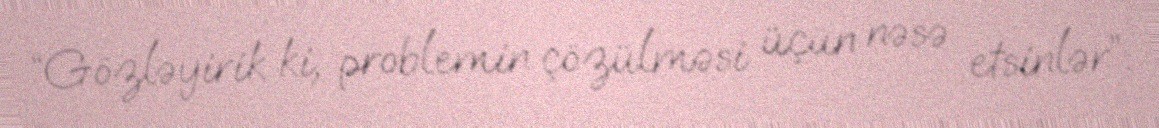
“Gözləyirik ki, problemin çözülməsi üçün nəsə etsinlər”.